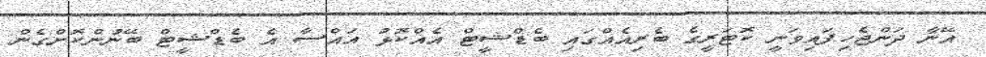
އޭނާ ދަންޖެހިފައިވަނީ ކޮޓަރީގެ ބެރިއެއްގައި ބެޑްޝީޓް އެއްކޮޅު އައްސާ އެ ބެޑްޝީޓް ބޭނުންކޮށްގެން